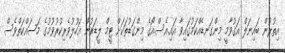
އިތުރުން ބައިނަލް އަގުވާމީ މިންގަނޑެއްކަމުގައިވާ އައި.އެސް.އޯގެ މިންގަޑުތަކަށް ޓީމް ލީޑަރުން އަހުލުވެރިކުރުވުމުގެ މަސައްކަތްވެސް